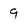
Character: 9